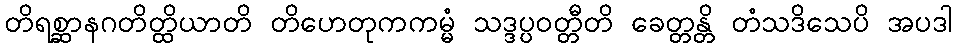
တိရစ္ဆာနဂတိတ္ထိယာတိ တိဟေတုကကမ္မံ သဒ္ဒပ္ပဝတ္တီတိ ခေတ္တန္တိ တံသဒိသေပိ အပဒါ